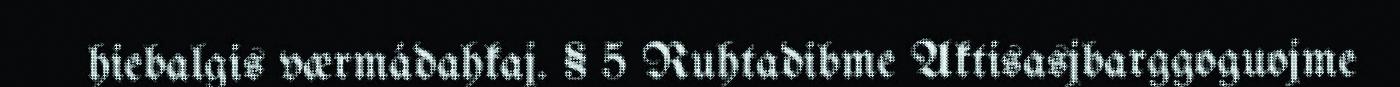
hiebalgis værmádahkaj. § 5 Ruhtadibme Aktisasjbarggoguojme